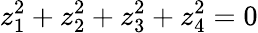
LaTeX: z_{1}^{2}+z_{2}^{2}+z_{3}^{2}+z_{4}^{2}=0